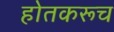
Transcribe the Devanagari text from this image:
होतकरूच